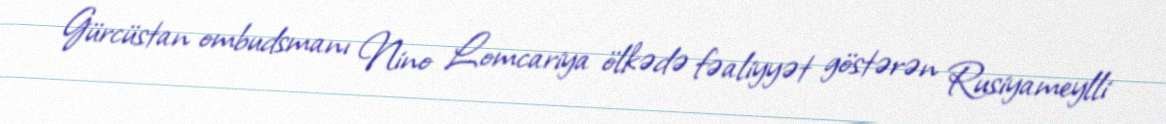
Gürcüstan ombudsmanı Nino Lomcariya ölkədə fəaliyyət göstərən Rusiyameylli